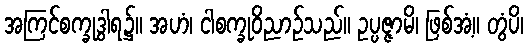
အကြင်စက္ခုဒွါရ၌။ အဟံ၊ ငါစက္ခုဝိညာဉ်သည်။ ဥပ္ပဇ္ဇာမိ၊ ဖြစ်အံ့။ တွံပိ၊